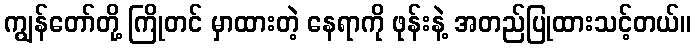
ကျွန်တော်တို့ ကြိုတင် မှာထားတဲ့ နေရာကို ဖုန်းနဲ့ အတည်ပြုထားသင့်တယ်။